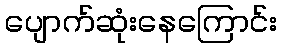
ပျောက်ဆုံးနေကြောင်း